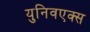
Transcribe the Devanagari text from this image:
युनिवएक्स